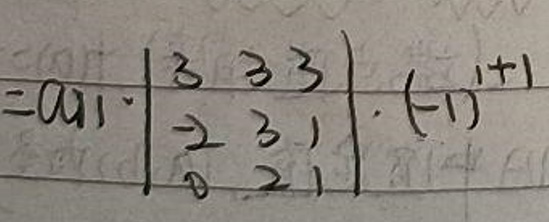
$=a_{11}\cdot\begin{vmatrix}3&3&3\\ -2&3&1\\ 0&2&1\end{vmatrix}\cdot(-1)^{1 + 1}$